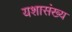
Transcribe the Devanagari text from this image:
यशासंख्य